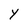
Character: Y